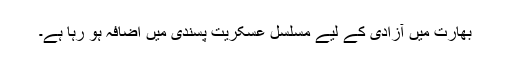
بھارت میں آزادی کے لیے مسلسل عسکریت پسندی میں اضافہ ہو رہا ہے۔